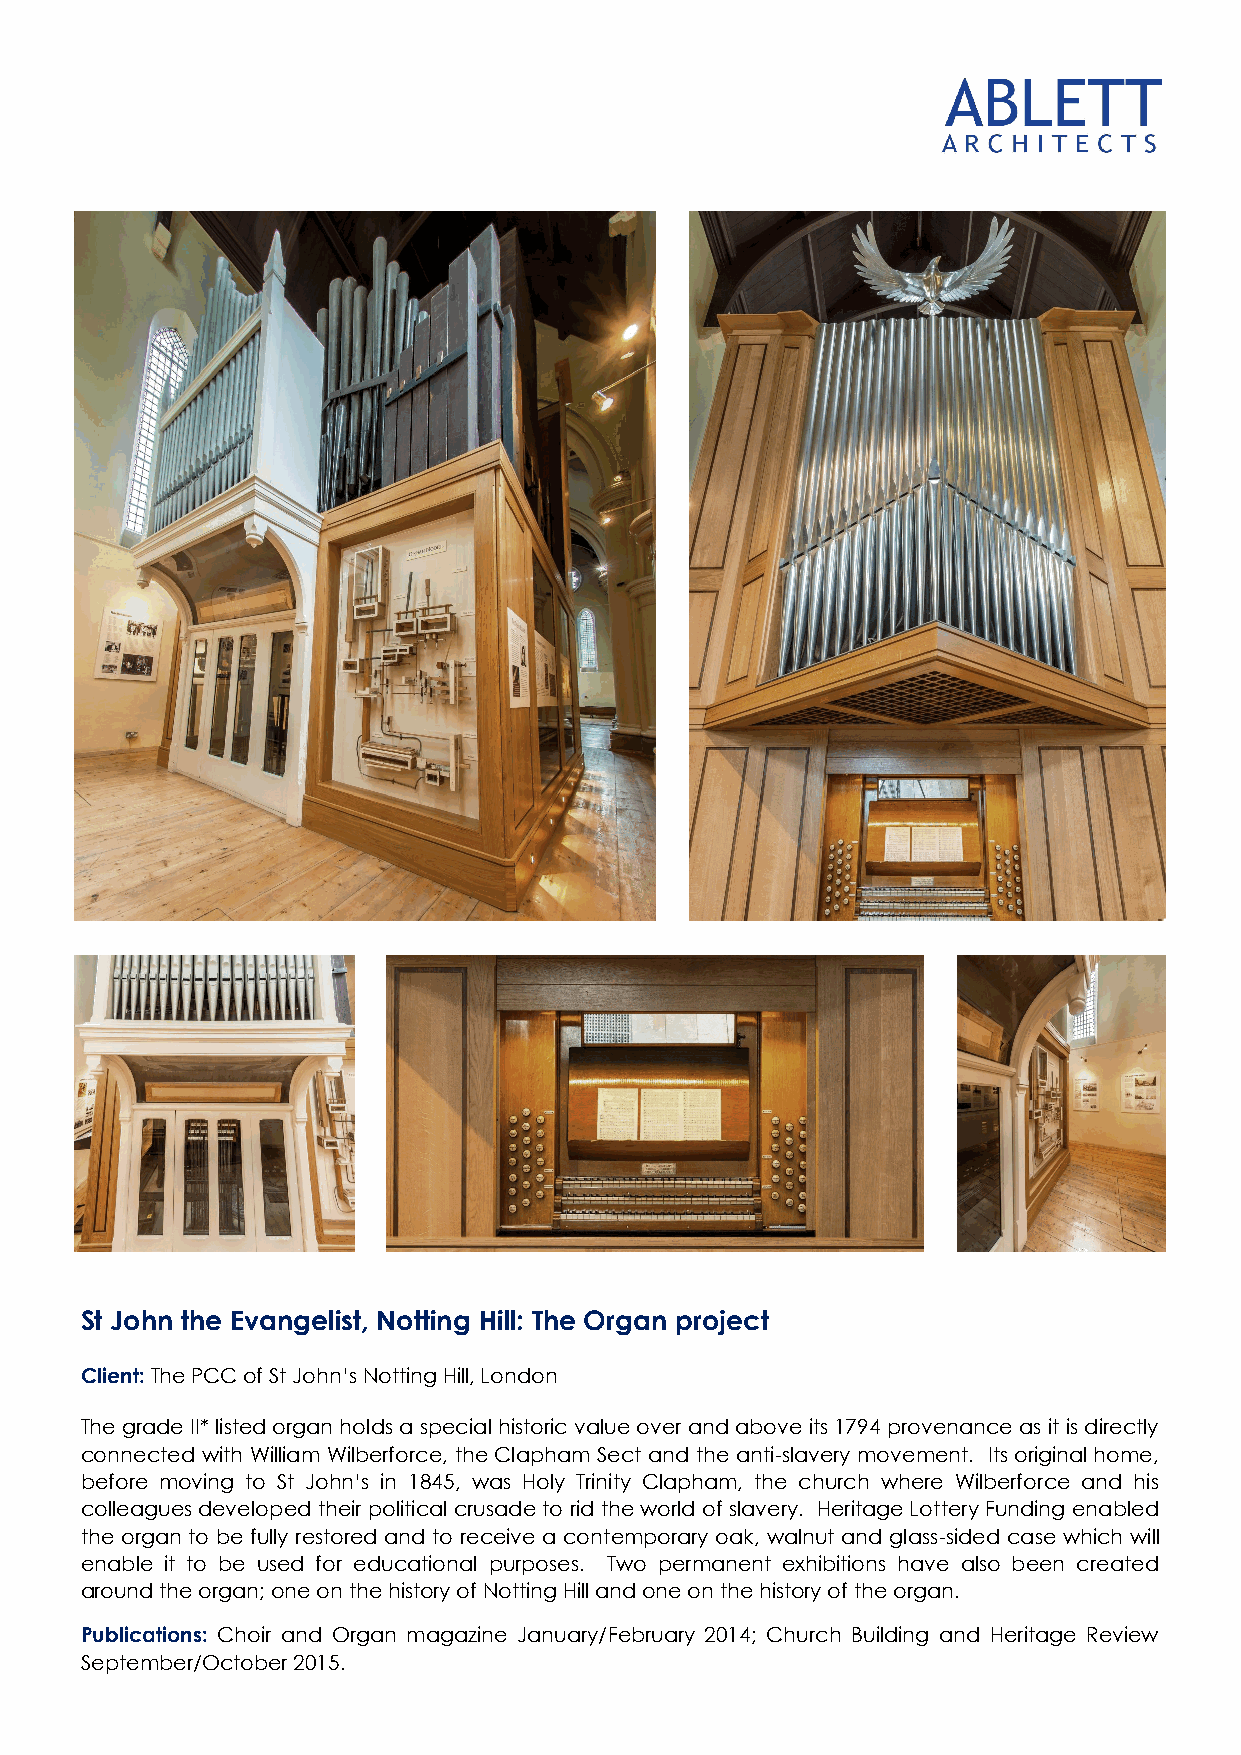
St John the Evangelist, Notting Hill: The Organ project
 Client: The PCC of St John’s Notting Hill, London
 The grade II* listed organ holds a special historic value over and above its 1794 provenance as it is directly
 connected with William Wilberforce, the Clapham Sect and the anti-slavery movement. Its original home,
 before moving to St John’s in 1845, was Holy Trinity Clapham, the church where Wilberforce and his
 colleagues developed their political crusade to rid the world of slavery. Heritage Lottery Funding enabled
 the organ to be fully restored and to receive a contemporary oak, walnut and glass-sided case which will
 enable it to be used for educational purposes. Two permanent exhibitions have also been created
 around the organ; one on the history of Notting Hill and one on the history of the organ.
 Publications: Choir and Organ magazine January/February 2014; Church Building and Heritage Review
 September/October 2015.